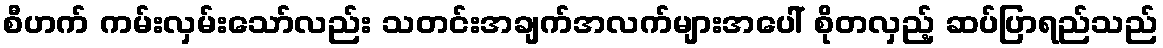
စီဟက် ကမ်းလှမ်းသော်လည်း သတင်းအချက်အလက်များအပေါ် စိုတလှည့် ဆပ်ပြာရည်သည်